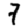
Digit: 7